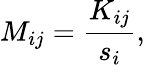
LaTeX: M_{ij}=\frac{K_{ij}}{s_{i}},